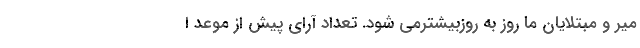
میر و مبتلایان ما روز به روزبیشترمی شود. تعداد آرای پیش از موعد ا